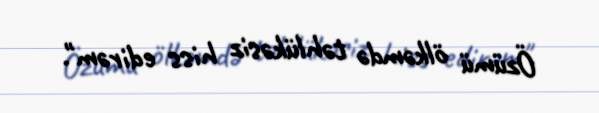
Özümü ölkəmdə təhlükəsiz hiss edirəm".